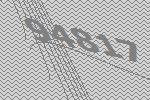
94817